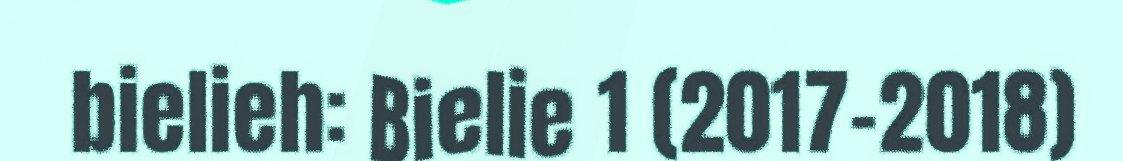
bielieh: Bielie 1 (2017-2018)